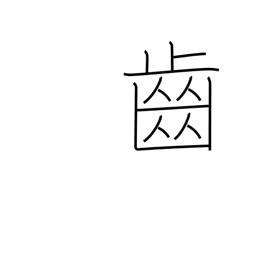
Meaning: cog